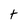
Character: t